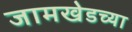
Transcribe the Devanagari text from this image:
जामखेडच्या